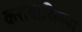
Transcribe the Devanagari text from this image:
करायारिल्ला